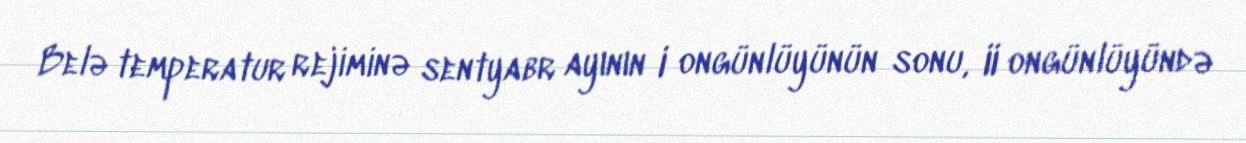
Belə temperatur rejiminə sentyabr ayının I ongünlüyünün sonu, II ongünlüyündə